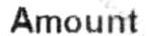
AMOUNT